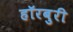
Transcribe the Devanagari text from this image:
हॉरबुरी